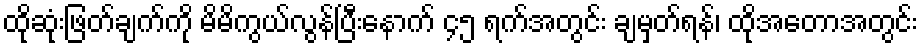
ထိုဆုံးဖြတ်ချက်ကို မိမိကွယ်လွန်ပြီးနောက် ၄၅ ရက်အတွင်း ချမှတ်ရန်၊ ထိုအတောအတွင်း